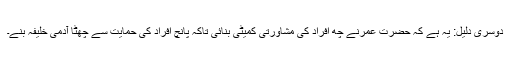
دوسری دلیل: یہ ہے کہ حضرت عمرنے چھ افراد کی مشاورتی کمیٹی بنائی تاکہ پانچ افراد کی حمایت سے چھٹا آدمی خلیفہ بنے۔